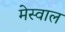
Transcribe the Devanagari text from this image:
मेस्वाल